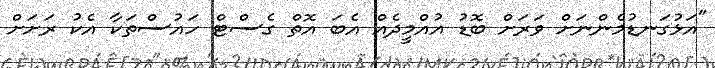
"އަޅުގަނޑުމެންނަށް ވަރަށް ބޮޑު އުއްމީދެއް އެބަ އޮތް ގެސްޓް ހައުސްތަކާ އެކު ރަށަށް